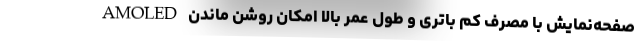
AMOLED صفحه‌نمایش با مصرف کم باتری و طول عمر بالا امکان روشن ماندن